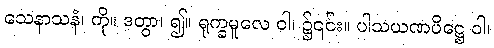
သေနာသနံ၊ ကို။ ဒတွာ၊ ၍။ ရုက္ခမူလေ ဝါ၊ ၌၎င်း။ ပါသယဏပိဋ္ဌေ ဝါ၊